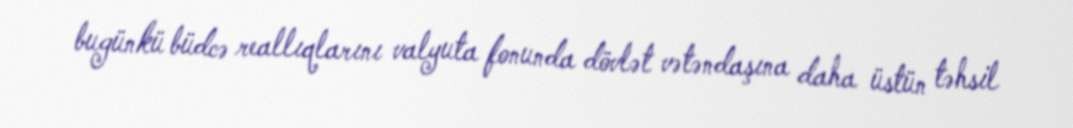
bugünkü büdcə reallıqlarını valyuta fonunda dövlət vətəndaşına daha üstün təhsil